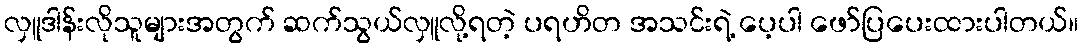
လှူဒါန်းလိုသူများအတွက် ဆက်သွယ်လှူလို့ရတဲ့ ပရဟိတ အသင်းရဲ့ ပေ့ပါ ဖော်ပြပေးထားပါတယ်။